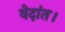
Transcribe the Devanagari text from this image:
वेदांत।